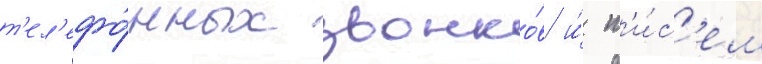
т'ел'ефо́нных звонко́в и́ п'и́с'ем